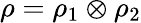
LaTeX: \rho=\rho_{1}\otimes\rho_{2}